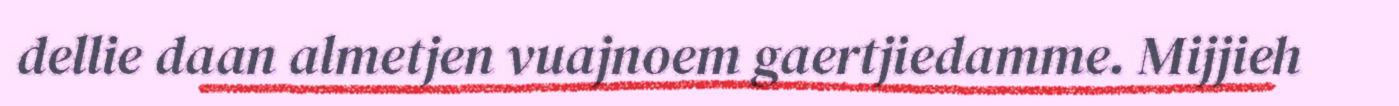
dellie daan almetjen vuajnoem gaertjiedamme. Mijjieh